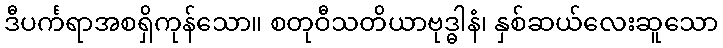
ဒီပင်္ကရာအစရှိကုန်သော။ စတုဝီသတိယာဗုဒ္ဓါနံ၊ နှစ်ဆယ်လေးဆူသော